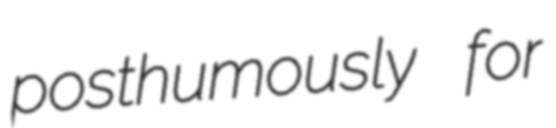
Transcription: posthumously for